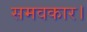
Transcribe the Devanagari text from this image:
समवकार।